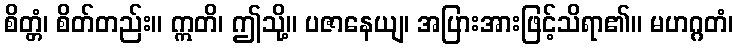
စိတ္တံ၊ စိတ်တည်း။ ဣတိ၊ ဤသို့။ ပဇာနေယျ၊ အပြားအားဖြင့်သိရာ၏။ မဟဂ္ဂတံ၊